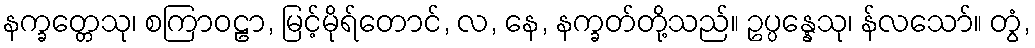
နက္ခတ္တေသု၊ စကြာဝဠာ, မြင့်မိုရ်တောင်, လ, နေ, နက္ခတ်တို့သည်။ ဥပ္ပန္နေသု၊ န်လသော်။ တွံ,